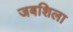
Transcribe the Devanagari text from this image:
जबशिला